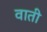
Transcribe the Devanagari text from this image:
वाती